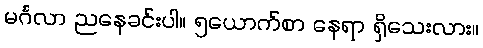
မင်္ဂလာ ညနေခင်းပါ။ ၅ယောက်စာ နေရာ ရှိသေးလား။